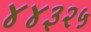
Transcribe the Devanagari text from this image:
४४३२५